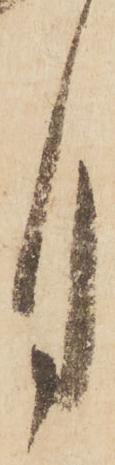
月